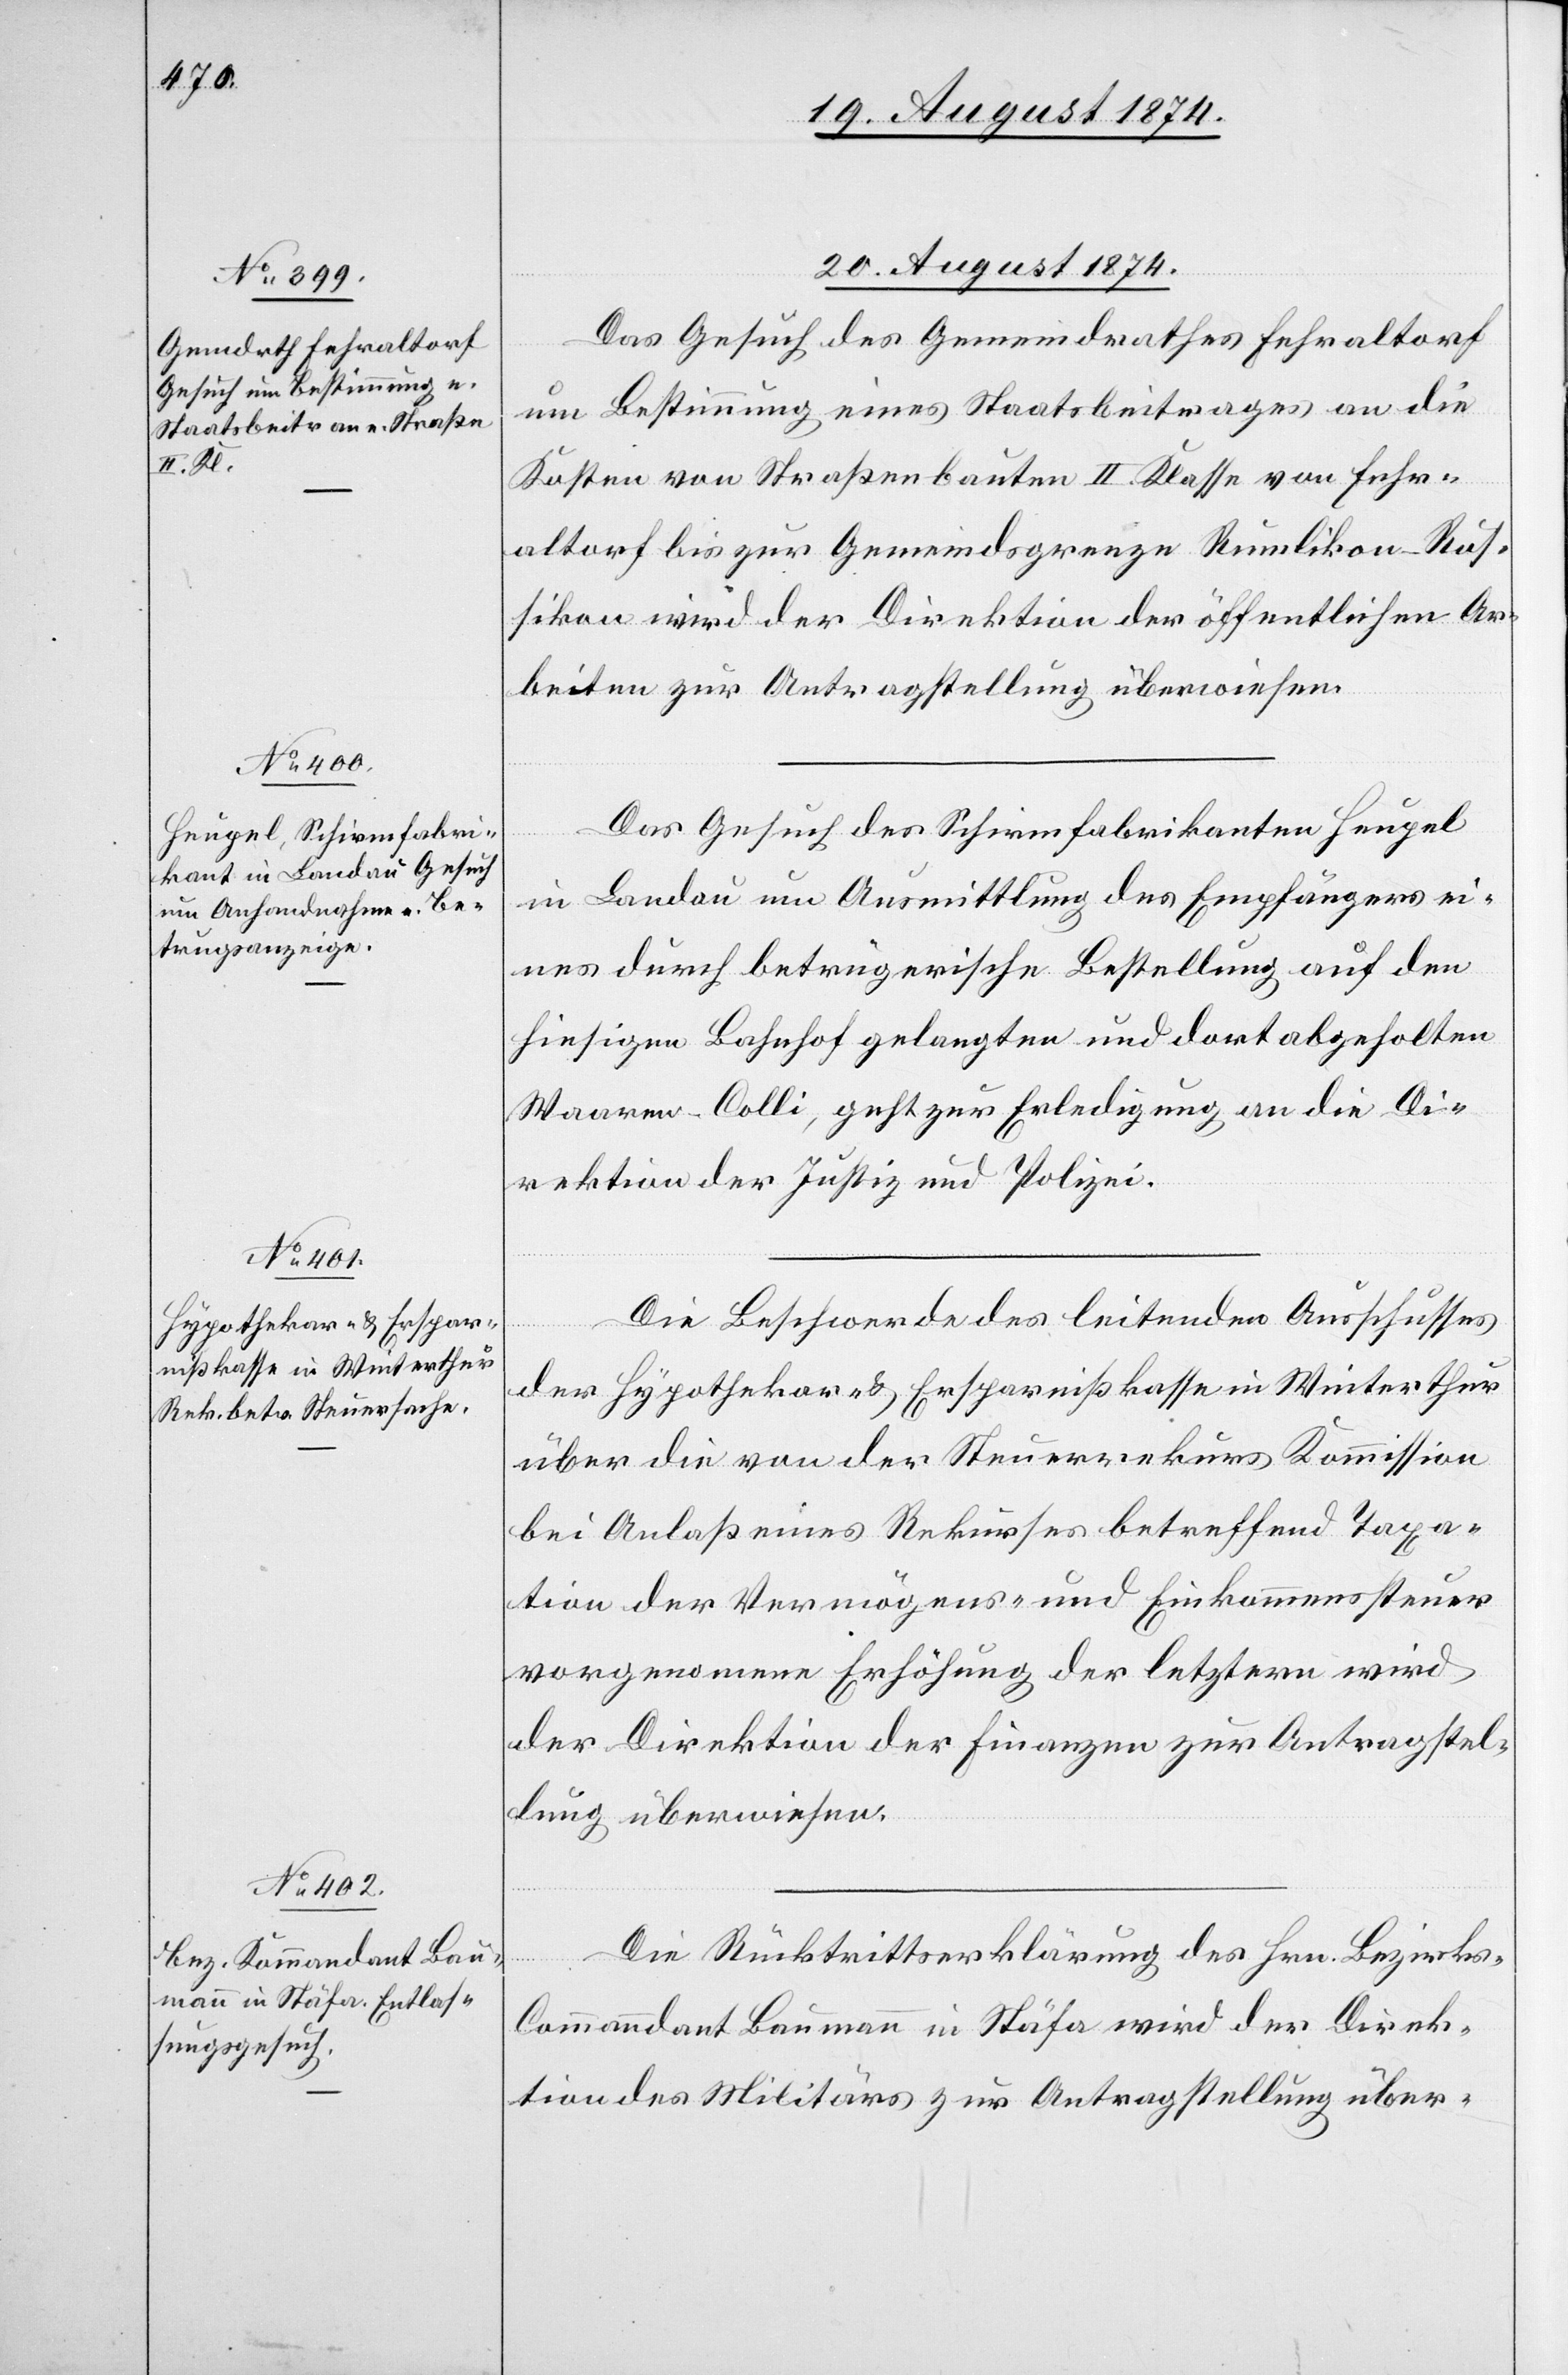
20. August 1874.]
Das Gesuch des Gemeindrathes Fehraltorf
um Bestimmung eines Staatsbeitrages an die
Kosten von Straßenbauten II. Klasse von Fehr¬
altorf bis zur Gemeindsgrenze Rümlikon-Rus¬
sikon wird der Direktion der öffentlichen Ar¬
beiten zur Antragstellung überwiesen.
Das Gesuch des Schirmfabrikanten Heugel
in Landau um Ausmittlung des Empfängers ei¬
nes durch betrügerische Bestellung auf den
hiesigen Bahnhofe gelangten und dort abgeholten
Waaren-Colli, geht zur Erledigung an die Di¬
rektion der Justiz- u. Polizei.
Die Beschwerde des leitenden Ausschusses
der Hypothekar- u. Ersparnißkasse in Winterthur
über die von der Steuerrekurs Kommission
bei Anlaß eines Rekurses betreffend Taxa¬
tion der Vermögens- und Einkommenssteuer
vorgenomene Erhöhung der letztern wird
der Direktion der Finanzen zur Antragstel¬
lung überwiesen.
Die Rücktrittserklärung des Hrn. Bezirk¬
s-Commanndant Baumann in Stäfa wird der Direk¬
tion des Militärs zur Antragstellung über-